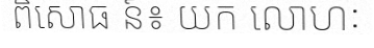
ពិសោធ ន៍៖ យក លោហៈ